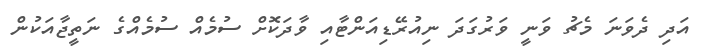
އަދި ދެވަނަ މެޗު ވަނީ ވަރުގަދަ ނިއުރޭޑިއަންޓާއި ވާދަކޮށް ސުމެއް ސުމެއްގެ ނަތީޖާއަކުން